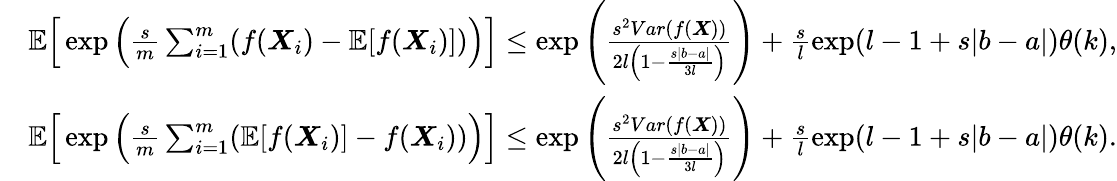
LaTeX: \begin{array}{rl}&{\mathbb{E}\Big[\exp\Big(\frac{s}{m}\sum_{i=1}^{m}(f(\boldsymbol{X}_{i})-\mathbb{E}[f(\boldsymbol{X}_{i})])\Big)\Big]\leq\exp\Bigg(\frac{s^{2}Var(f(\boldsymbol{X}))}{2l\Big(1-\frac{s|b-a|}{3l}\Big)}\Bigg)+\frac{s}{l}\exp(l-1+s|b-a|)\theta(k),}\\ &{\mathbb{E}\Big[\exp\Big(\frac{s}{m}\sum_{i=1}^{m}(\mathbb{E}[f(\boldsymbol{X}_{i})]-f(\boldsymbol{X}_{i}))\Big)\Big]\leq\exp\Bigg(\frac{s^{2}Var(f(\boldsymbol{X}))}{2l\Big(1-\frac{s|b-a|}{3l}\Big)}\Bigg)+\frac{s}{l}\exp(l-1+s|b-a|)\theta(k).}\end{array}